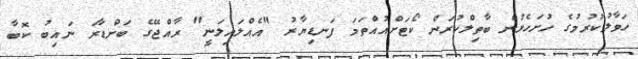
ހަވާލުކުރުމުގެ ހުށަހެޅުން ބާތިލްކުރަން ކޯޓަށްއުއްތަމަ ފަނޑިޔާރު "އެއްލައިލަނީ" ރާއްޖޭގެ ބަންޑާރަ ނައިބު ކޮބާ